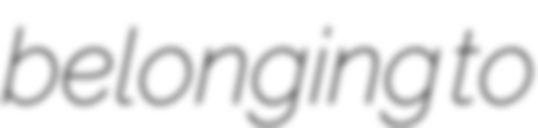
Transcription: belonging to